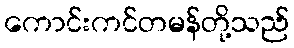
ကောင်းကင်တမန်တို့သည်